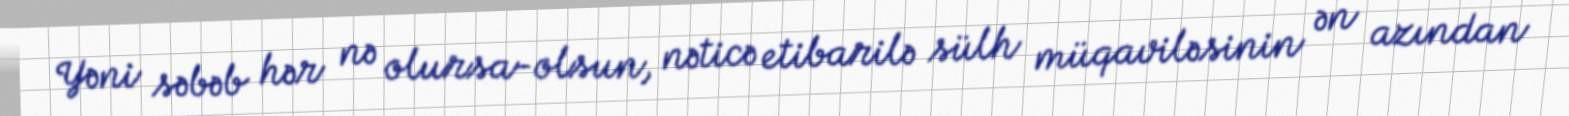
Yəni səbəb hər nə olursa-olsun, nəticə etibarilə sülh müqaviləsinin ən azından